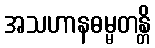
အသဟာနဓမ္မတန္တိ